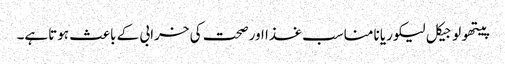
پیتھولوجیکل لیکوریا نامناسب غذا اور صحت کی خرابی کے باعث ہوتاہے۔